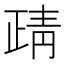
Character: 靕